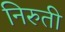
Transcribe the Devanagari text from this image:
निरुती